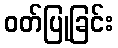
ဝတ်ပြုခြင်း